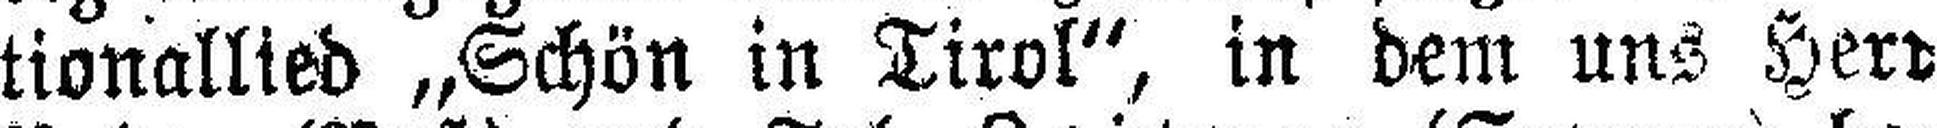
tionallied „Schön in Tirol“, in dem uns Herr